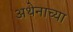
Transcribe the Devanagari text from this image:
अथेनाच्या